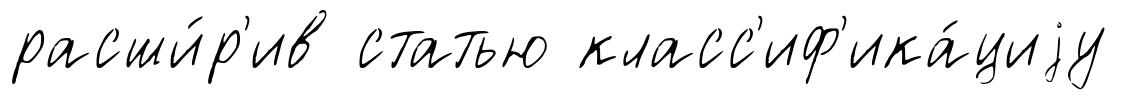
расши́р'ив статью класс'иф'ика́циjу